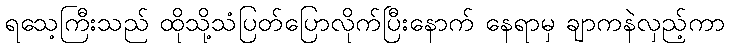
ရသေ့ကြီးသည် ထိုသို့သံပြတ်ပြောလိုက်ပြီးနောက် နေရာမှ ချာကနဲလှည့်ကာ